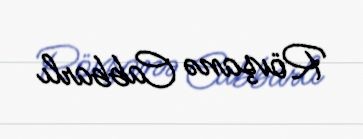
Rövşanə Cabbarlı